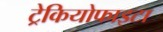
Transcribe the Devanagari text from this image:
ट्रेकियोफाइटा